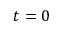
t = 0